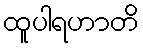
ထူပါရဟာတိ